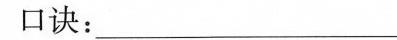
口诀：_____